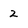
Character: 2